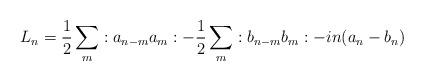
LaTeX: \begin{align*}L_n={\frac 1 2}\sum\limits_{m}:a_{n-m}a_m:-{\frac 1 2}\sum\limits_{m}:b_{n-m}b_m:-in(a_n-b_n)\end{align*}